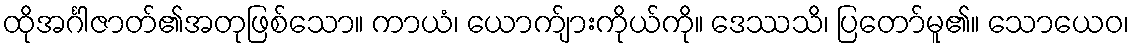
ထိုအင်္ဂါဇာတ်၏အတုဖြစ်သော။ ကာယံ၊ ယောက်ျားကိုယ်ကို။ ဒေဿသိ၊ ပြတော်မူ၏။ သောယေဝ၊